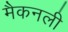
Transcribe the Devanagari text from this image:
मैकनली